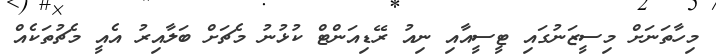
މިހާތަނަށް މިސީޒަނުގައި ޓީސީއާއި ނިއު ރޭޑިއަންޓް ކުޅުނު މެޗަށް ބަލާއިރު އެއީ މެޗުތަކެއް